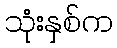
သုံးနှစ်က